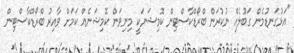
"އަޅުގަނޑުމެން ގަބޫލެއް ނުކުރަން ބްރޯޑްކާސްޓިން ކޮމިޝަނަކީ މިނިވަން ކޮމިޝަނެއް ކަމަށް ވާއިރު ބްރޯޑްކާސްޓިން